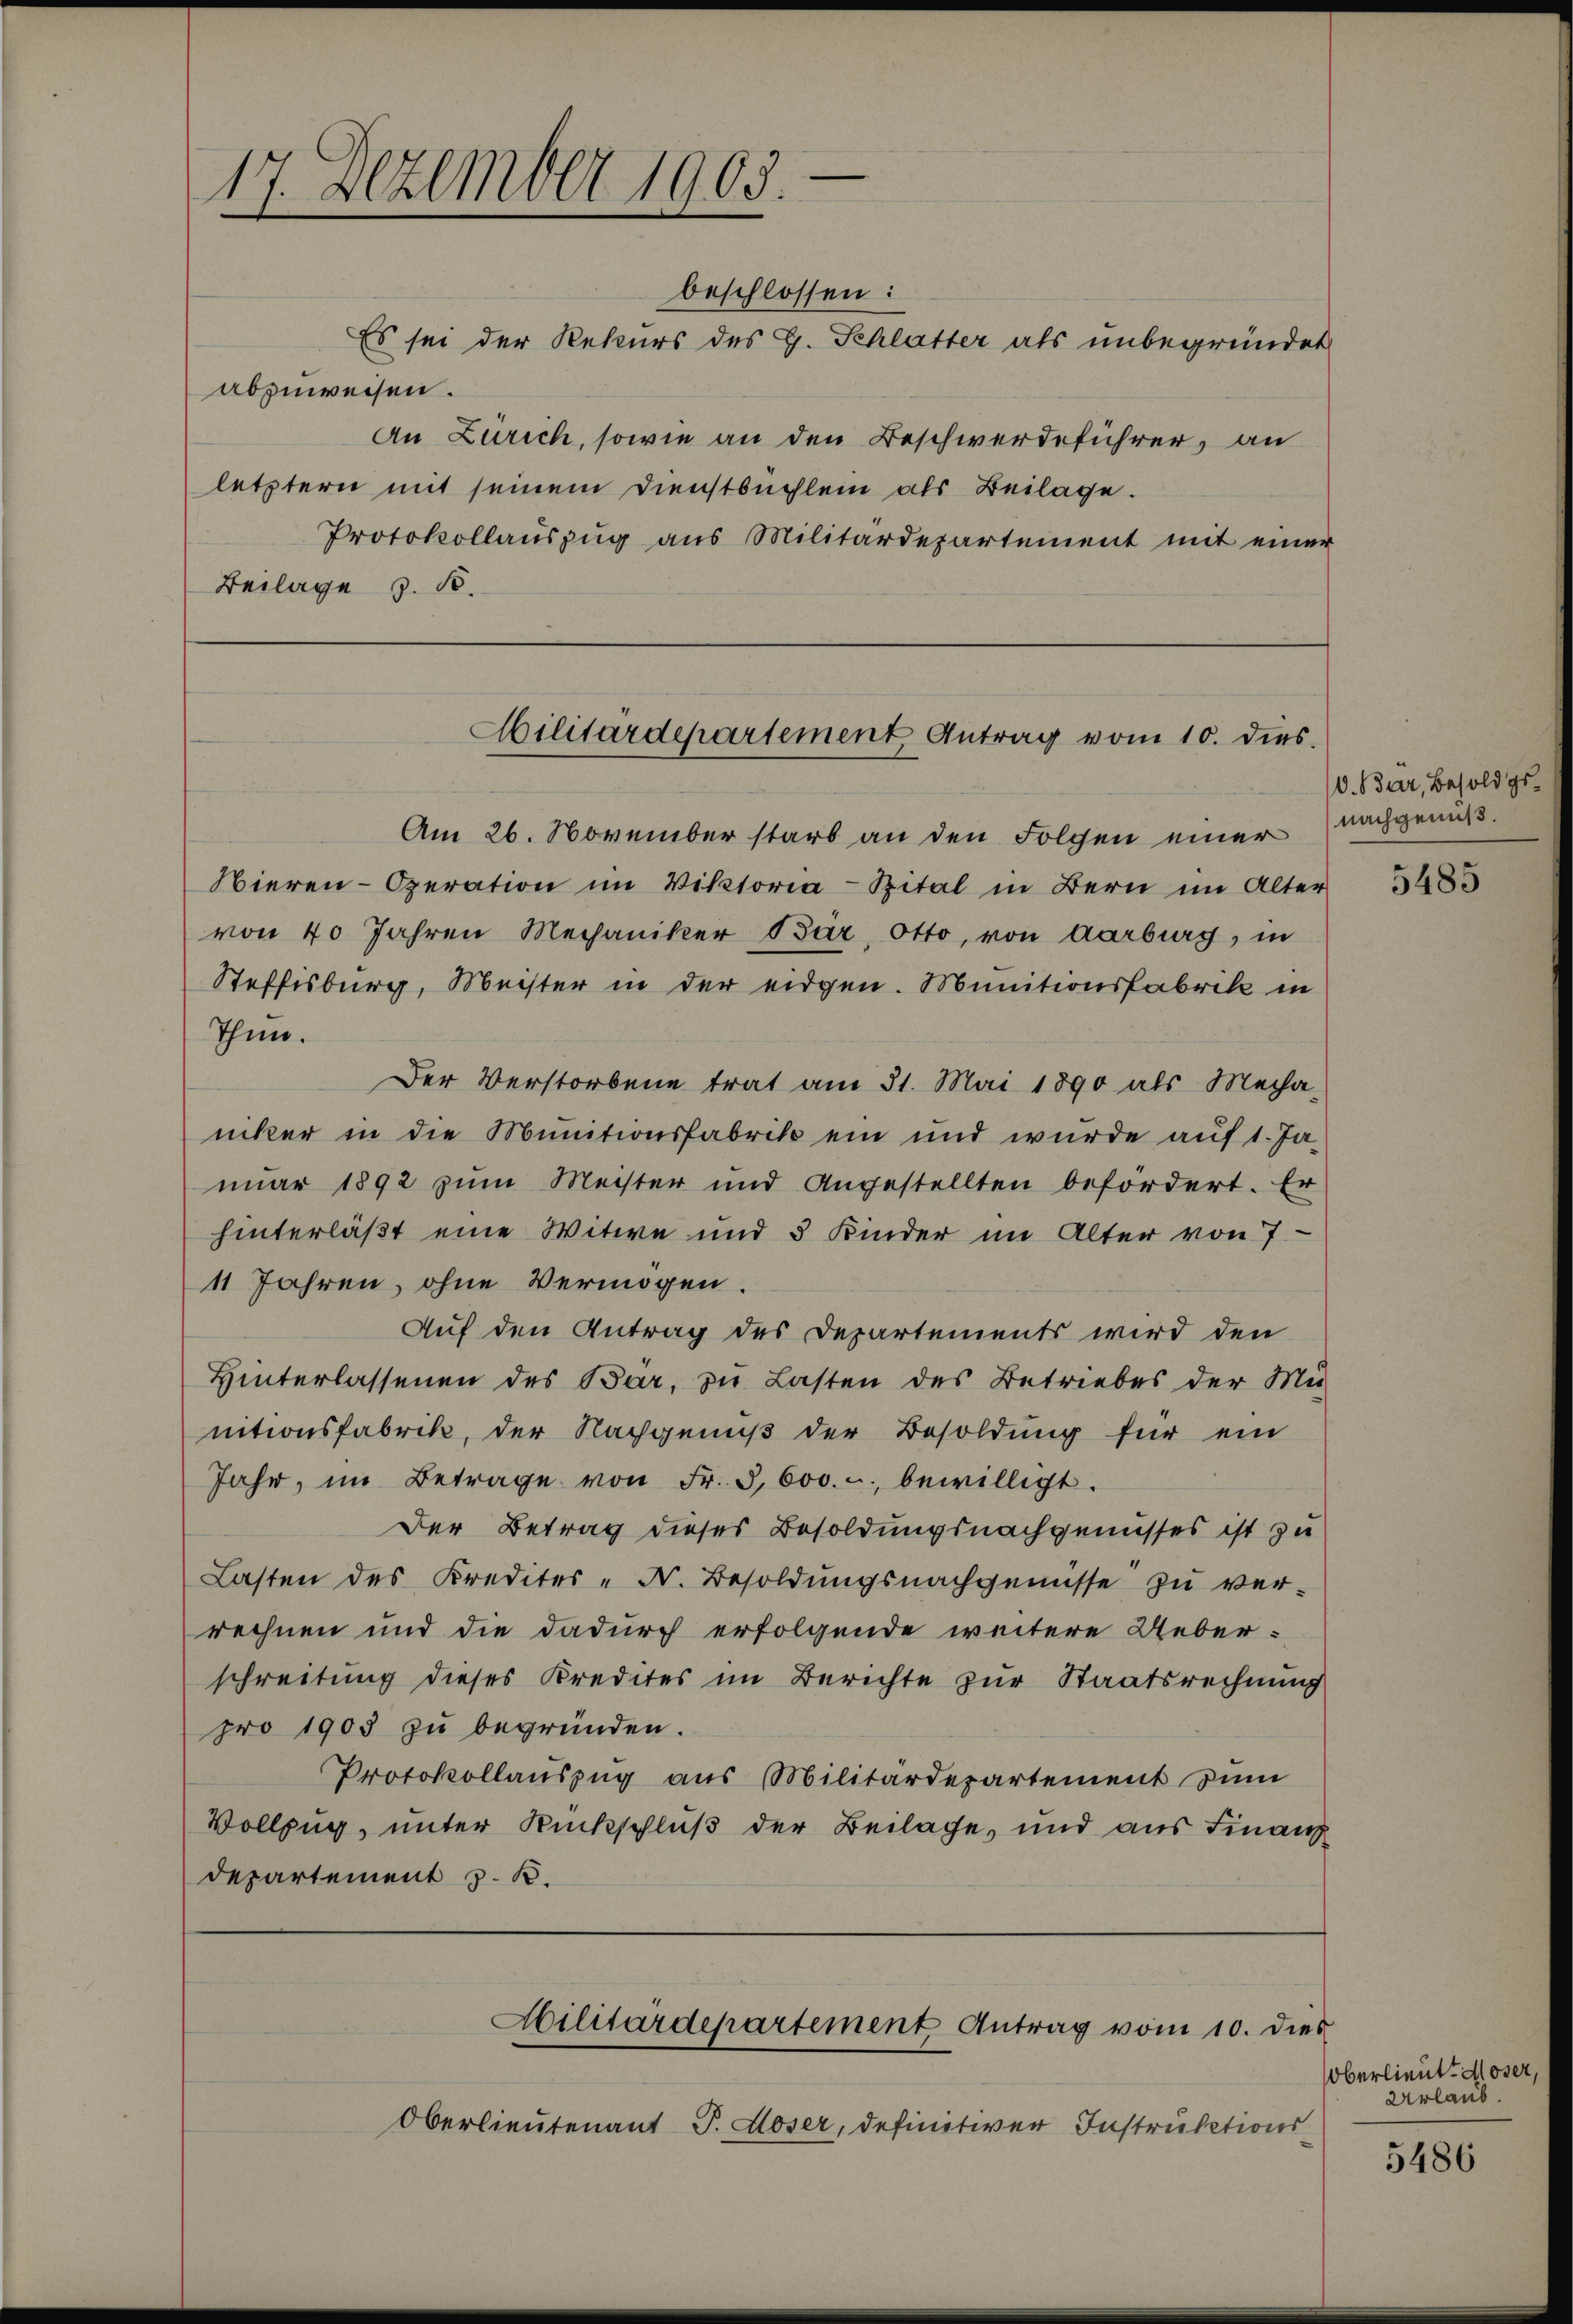
17. Dezember 1903.

beschlossen:
Es sei der Rekurs des G. Schlatter als unbegründet
abzuweisen.
An Zürich, sowie an den Beschwerdeführer, an
letztern mit seinem Dienstbuchlein als Beilage.
Protokollauszug aus Militärdepartement mit einer
Beilage z. B.

Steffisburg, Meister in der eidgen. Munitionsfabrik in
Thun.
Der Verstorbene trat am 31. Mai 1890 als Mecha-
ucker in die Munitionsfabrik ein und wurde aŭf 1. Ja-
nuar 1892 zum Meister und Angestellten befördert. Er
hinterläßt eine Witwe und 5 Kinder im Alter von 7
11 Jahren, ohne Vermögen.
Auf den Antrag des Departements wird den
Hinterlassenen des Bar, zu Lasten des Betriebes der Mit-
nitionsfabrik, der Nachgeniβ der Besoldung für ein
Jahr, im Betrage von Fr. 3,600. u bewilligt.
Der Betrag dieses Besoldungsnachgenusses ist zu
Lasten des Kredites - Fr. Besoldungsnachgenüsse zu ver-
rechnen und die dadurch erfolgende weitere Ueberschreitung dieses Kredites im Berichte zur Staatsrechnung
pro 1903 zu begründen.
Protokollauszug aus Militärdepartement zum
Vollzug, unter Rückschluß der Beilage, und aus Finanz
Departement z. B.

Oberlieutenant P. Moser, definitiver Instruktions¬

Militärdepartement Antrag vom 10. dies

Am 26. November starb an den Folgen einer
Nieren Operation im Viktoria-Spital in Bern im Alter
von 40 Jahren Mechaniker Bär, Otto, von Aarburg, in

Militärdepartement Antrag vom 10. dies

V. Bär, Besold genachgenuß.

5485

oberlieut. Moser,
Urlaub.

5486